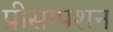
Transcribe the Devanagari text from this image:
प्रीसम्पशन